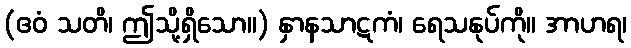
(ဧဝံ သတိ၊ ဤသို့ရှိသော။) နှာနသာဋကံ၊ ရေသနုပ်ကို။ အာဟရ၊